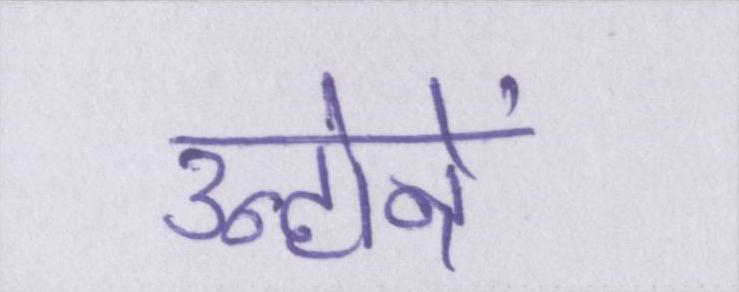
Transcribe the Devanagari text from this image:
उन्होनें